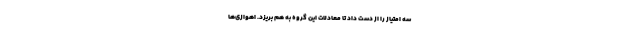
سه امتیاز را از دست داد تا معادلات این گروه به هم بریزد. اهوازی‌ها